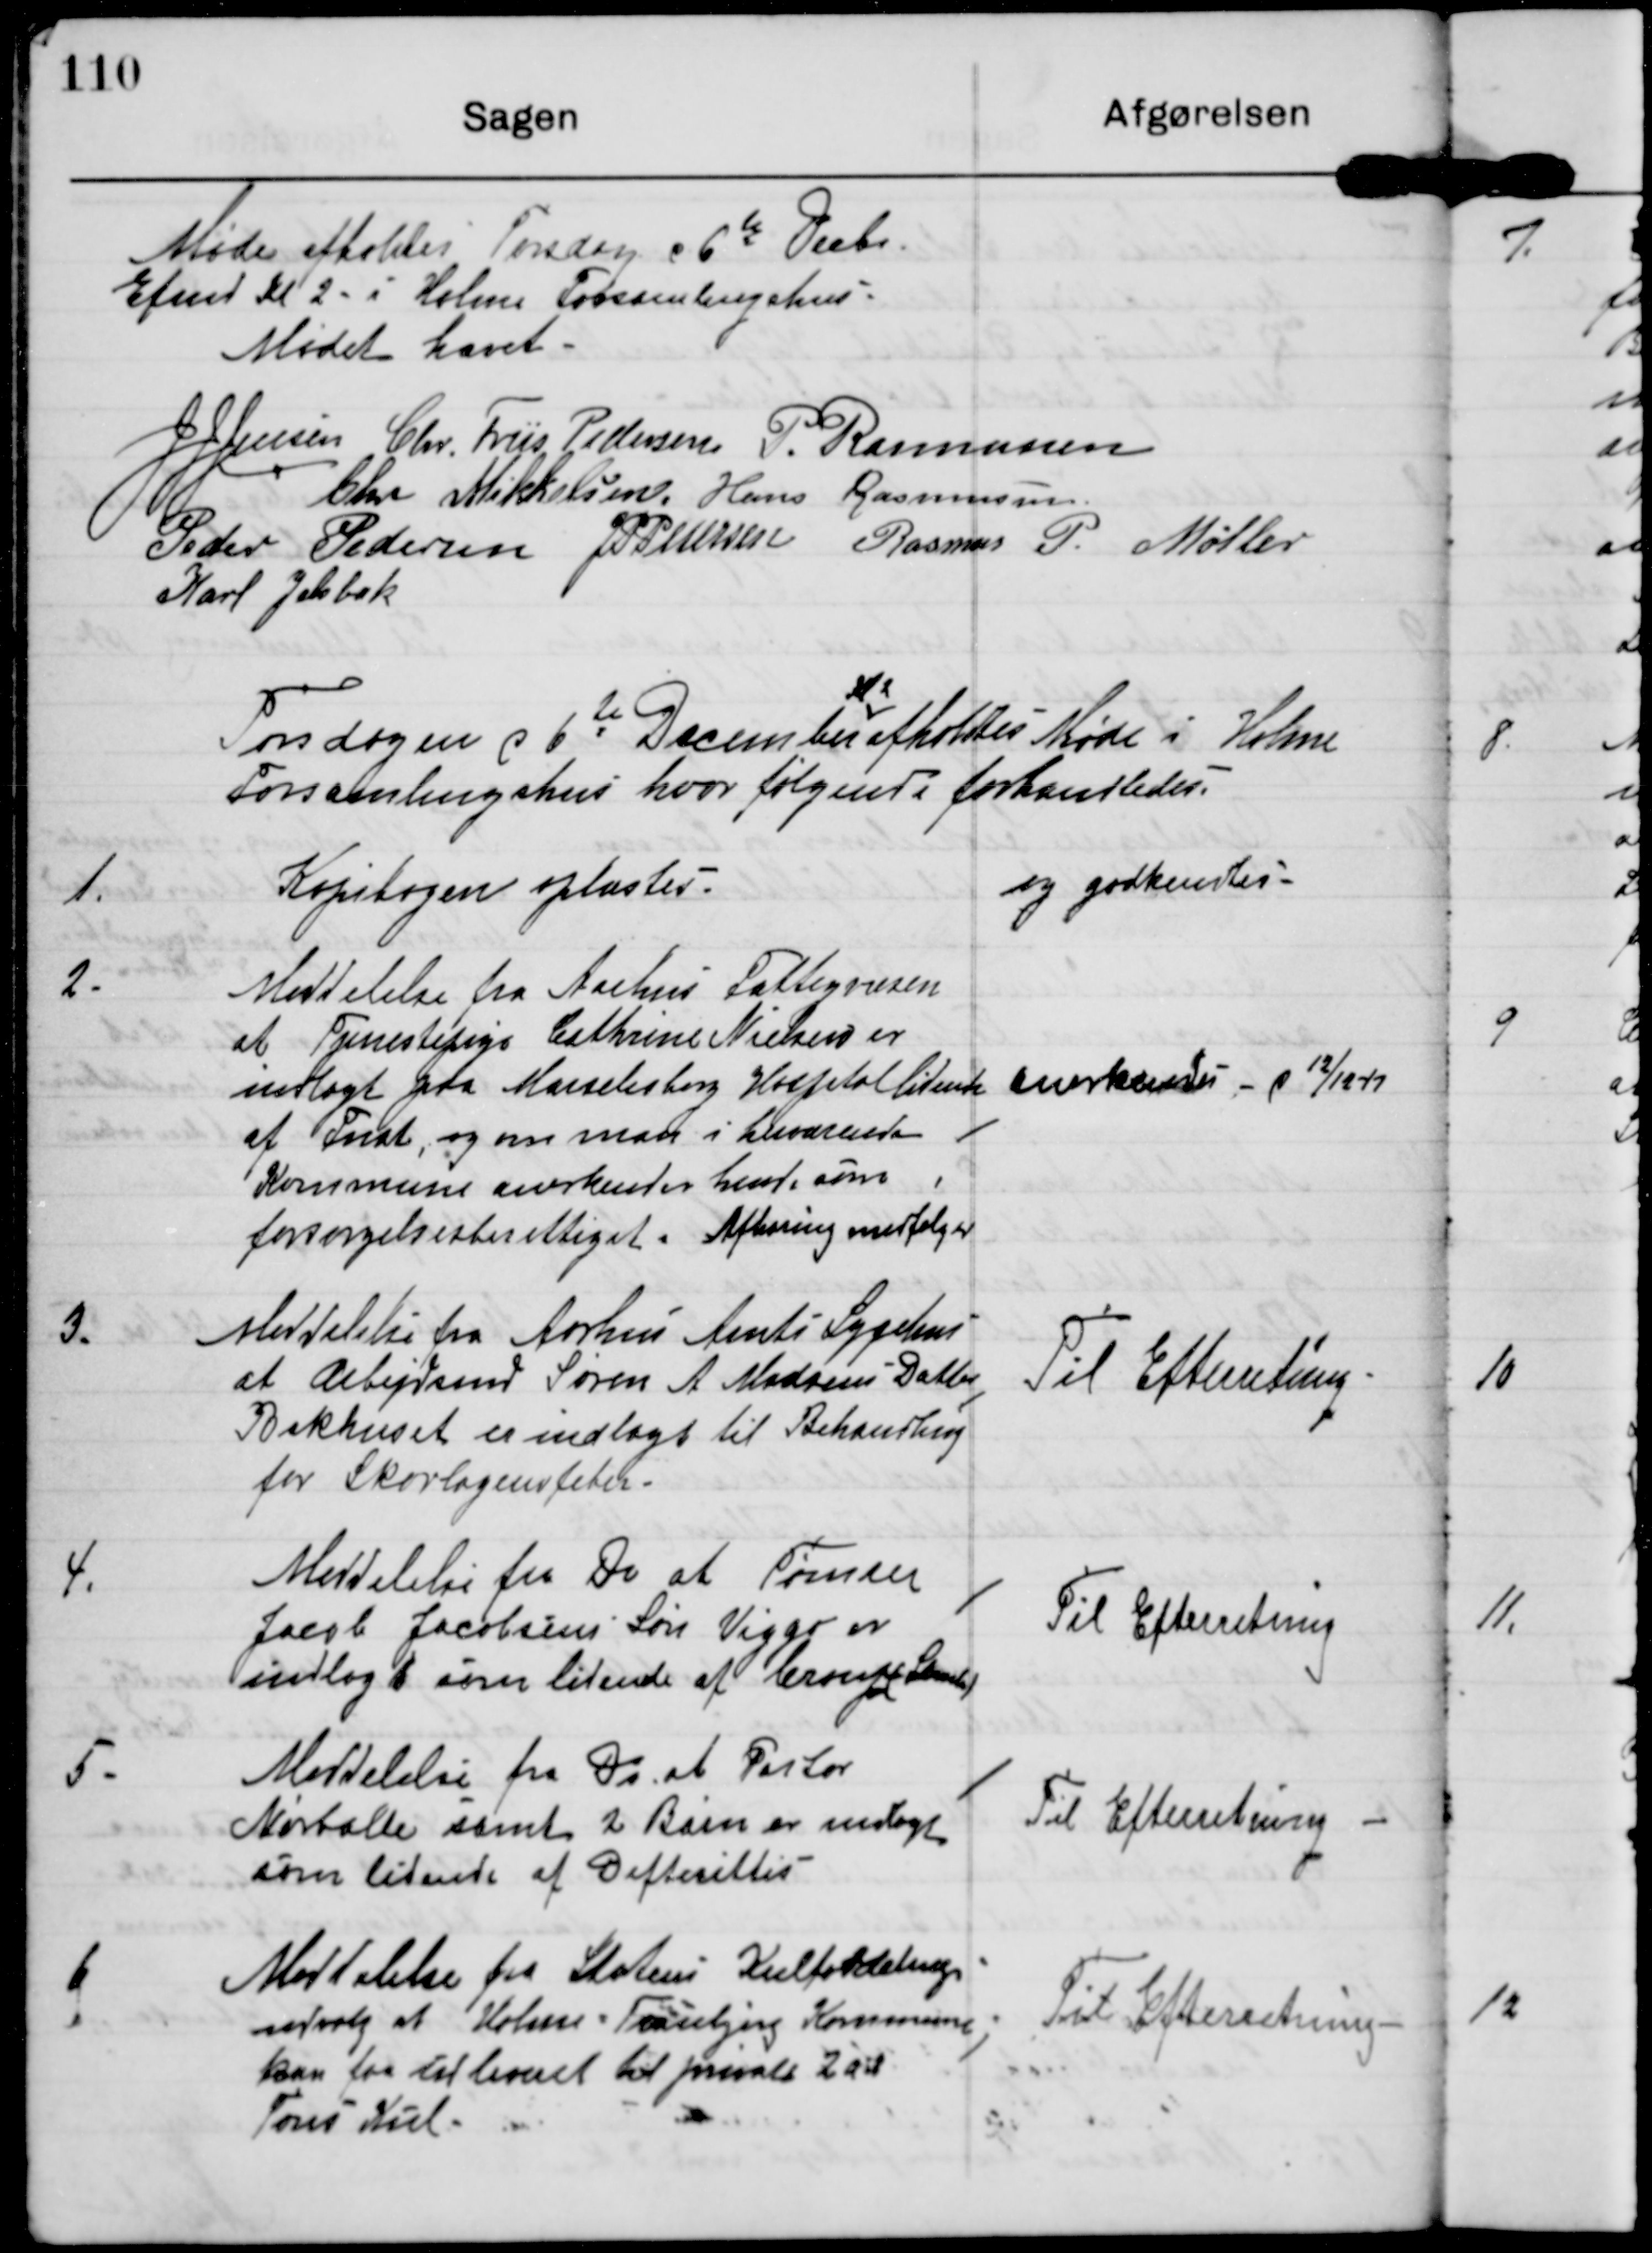
Transskription:
Møde afholdes Torsdag d 6te Decbr
Efmd Kl 2 i Holme Forsamlingshus.

Mødet hævet

JJ Jensen

Chr. Friis Pedersen

P. Rasmussen

Chr Mikkelsen

Hans Rasmussen

Peder Pedersen

J P Pedersen

Rasmus P. Møller

Karl Jelsbak

Kl 2
Torsdagen d 6te December afholdtes Møde i Holme
Forsamlingshus hvor følgende forhandledes.

1.

Kopibogen oplæstes

og godkendtes

2.

Meddelelse fra Aarhus Fattigvæsen
at Tjenestepige Caathrine Nielsen er
indlagt paa Marselisborg Hospital lidende
af Fnat, og om man i herværende
Kommune anerkender hende som
forsørgelsesberettiget. Afhøring medfølger.

anerkendes d 12/12 17

3.

Meddelelse fra Aarhus Amts Sygehus
at Arbejdsmd. Søren A. Madsens Datter
Bakhuset er indlagt til Behandling
for Skarlagensfeber.

Til Efterretning

4.

Meddelelse fra Do at Tømrer
Jacob Jacobsens Søn Viggo er
indlagt som lidende af Croup (Strube)

Til Efterretning

5.

Meddelelse fra Do at Pastor
Nørballe samt 2 Børn er indlagt
som lidende af Difterittis.

Til Efterretning

6.

Meddelelse fra Statens Kulfordelings-
udvalg at Holme-Tranbjerg Kommune
kan faa til leveret til private 2 a
Tons Kul.

Til Efterretning